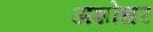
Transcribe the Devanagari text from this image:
अशोधर